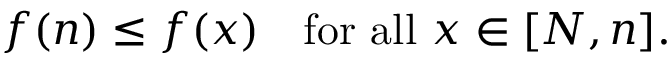
f ( n ) \leq f ( x ) \quad { \mathrm { f o r ~ a l l ~ } } x \in [ N , n ] .